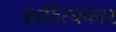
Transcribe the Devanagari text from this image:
साहित्‍यकार